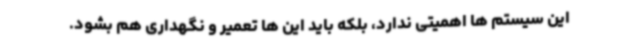
این سیستم ها اهمیتی ندارد، بلکه باید این ها تعمیر و نگهداری هم بشود.